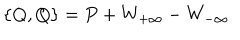
LaTeX: \{ Q , Q \} = P + W _ { + \infty } - W _ { - \infty }